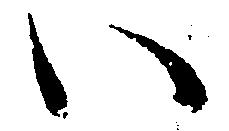
い